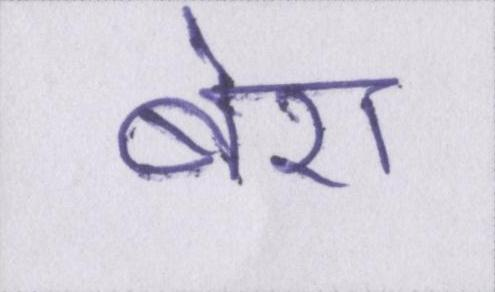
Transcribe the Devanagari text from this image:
बेरा